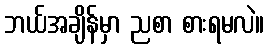
ဘယ်အချိန်မှာ ညစာ စားရမလဲ။